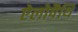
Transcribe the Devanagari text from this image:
ऐलोपैथि